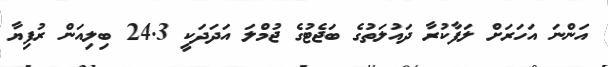
އަންނަ އަހަރަށް ލަފާކުރާ ދައުލަތުގެ ބަޖެޓުގެ ޖުމްލަ އަދަދަކީ 24.3 ބިލިއަން ރުފިޔާ